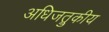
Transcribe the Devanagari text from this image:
अधिजत्रुकीय